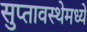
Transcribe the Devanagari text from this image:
सुप्‍तावस्थेमध्ये